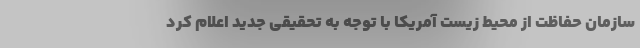
سازمان حفاظت از محیط زیست آمریکا با توجه به تحقیقی جدید اعلام کرد